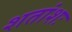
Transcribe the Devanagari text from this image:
शतांशः